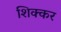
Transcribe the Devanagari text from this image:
शिक्कर